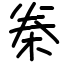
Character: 桊